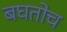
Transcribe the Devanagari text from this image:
बघतोच